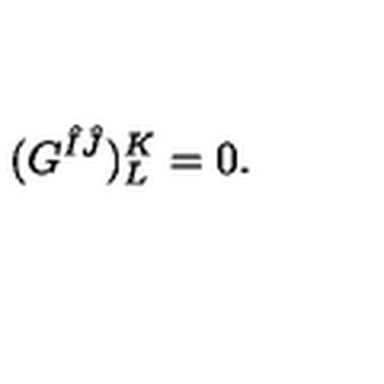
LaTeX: ( G ^ { \hat { I } \hat { J } } ) _ { L } ^ { K } = 0 .